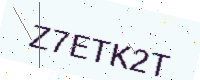
Text: Z7ETK2T